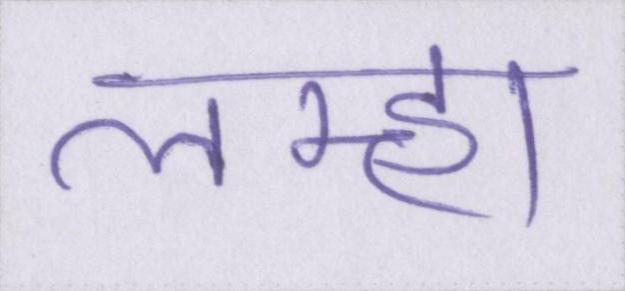
लम्हा